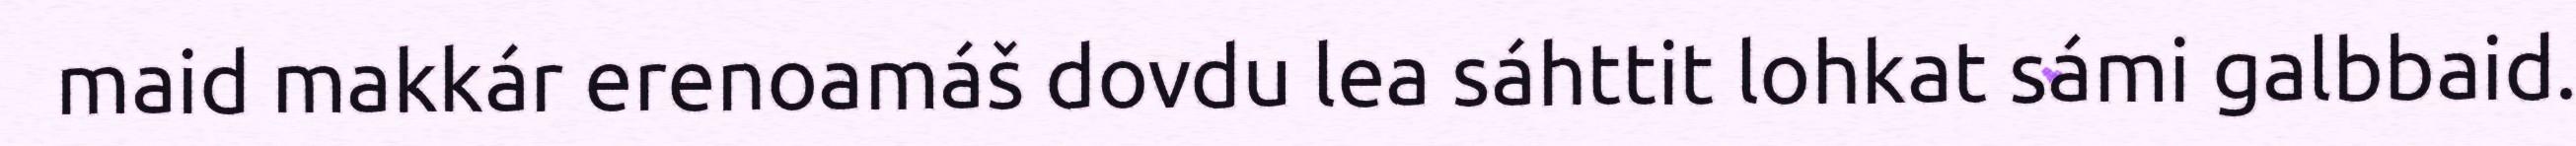
maid makkár erenoamáš dovdu lea sáhttit lohkat sámi galbbaid.